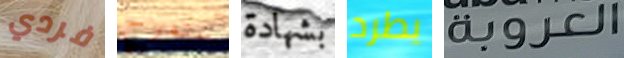
فردي سنمرح بشهادة يطرد العروبة